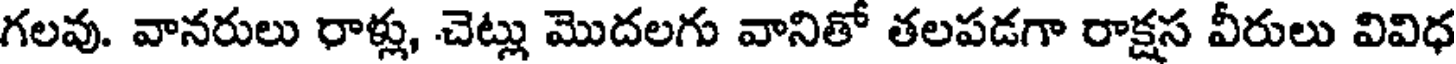
గలవు. వానరులు రాళ్లు, చెట్లు మొదలగు వానితో తలపడగా రాక్షస వీరులు వివిధ